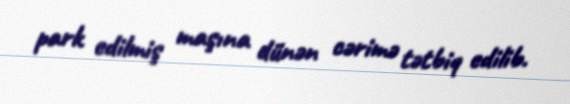
park edilmiş maşına dünən cərimə tətbiq edilib.